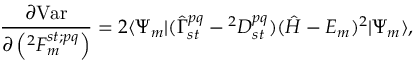
\frac { \partial \mathrm { V a r } } { \partial \left( ^ { 2 } F _ { m } ^ { s t ; p q } \right) } = 2 \langle { \Psi _ { m } } | ( { \hat { \Gamma } } _ { s t } ^ { p q } - { } ^ { 2 } D _ { s t } ^ { p q } ) ( { \hat { H } } - E _ { m } ) ^ { 2 } | { \Psi _ { m } } \rangle ,